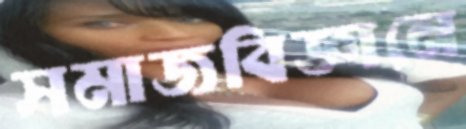
সমাজবিজ্ঞানে